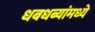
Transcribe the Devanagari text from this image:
धबधब्यांमध्ये